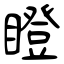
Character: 瞪